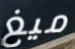
ميغ